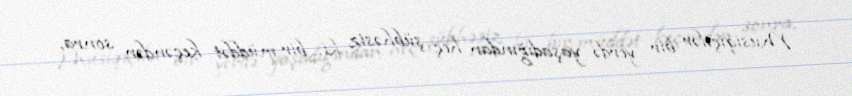
Musiqiçilər bir yerdə yaşadığından heç şübhəsiz ki, bir müddət keçəndən sonra,